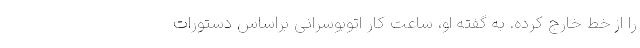
را از خط خارج کرده. به گفته او، ساعت کار اتوبوسرانی براساس دستورات